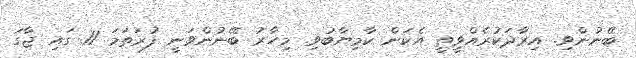
ބޭނުންވި. އިރާދަކުރެއްވީތީ އެކަން ކާމިޔާބުވި. މިހާރު ބޭނުންވަނީ ފުރަތަމަ 11 ގައި ޖާގަ